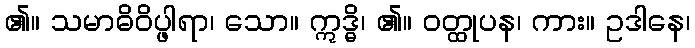
၏။ သမာဓိဝိပ္ဖါရာ၊ သော။ ဣဒ္ဓိ၊ ၏။ ဝတ္ထုပန၊ ကား။ ဥဒါနေ၊